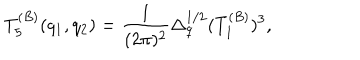
T _ { 5 } ^ { ( B ) } ( q _ { 1 } , q _ { 2 } ) = { \frac { 1 } { ( 2 \pi ) ^ { 2 } } } \Delta _ { q } ^ { 1 / 2 } ( T _ { 1 } ^ { ( B ) } ) ^ { 3 } ,